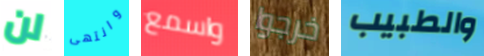
لن وانتهى واسمع خرجوا والطبيب